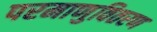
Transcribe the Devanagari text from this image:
परमाणुवितरण